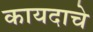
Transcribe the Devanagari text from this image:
कायदाचे